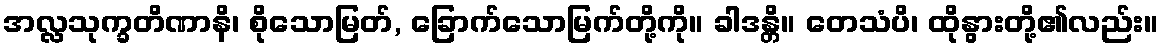
အလ္လသုက္ခတိဏာနိ၊ စိုသောမြတ်, ခြောက်သောမြက်တို့ကို။ ခါဒန္တိ။ တေသံပိ၊ ထိုနွားတို့၏လည်း။